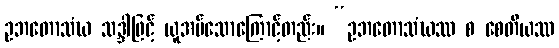
ဥဘတောသံဃ သဒ္ဒါဖြင့် ယူအပ်သောကြောင့်တည်း။ “ဥဘတောသံဃဿ စ စေတိယဿ